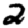
Digit: 2